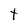
Character: t